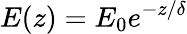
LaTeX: E(z)=E_{0}e^{-z/\delta}